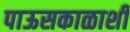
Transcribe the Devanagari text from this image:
पाऊसकाळाशी